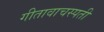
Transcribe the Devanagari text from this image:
गीतावाचस्पती